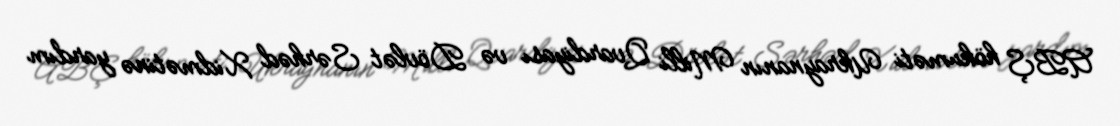
ABŞ hökuməti Ukraynanın Milli Qvardiyası və Dövlət Sərhəd Xidmətinə yardım